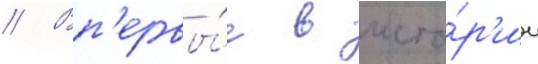
// Вп'ервы́е в исто́р'ии